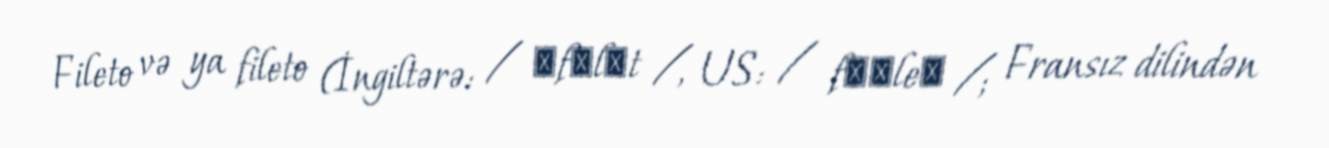
Fileto və ya fileto (İngiltərə: / ˈfɪlɪt /, US: / fɪˈleɪ /; Fransız dilindən